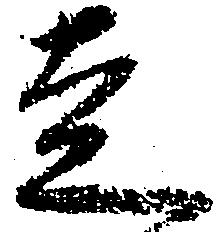
走